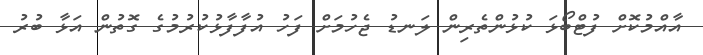
އާއްމުކޮށް ފުޓްބޯޅަ ކުޅުންތެރިން ލަނޑު ޖެހުމަށް ފަހު އުފާފާޅުކުރުމުގެ ގޮތުން އަޅާ ބުރު